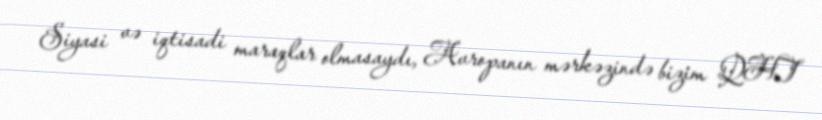
Siyasi və iqtisadi maraqlar olmasaydı, Avropanın mərkəzində bizim QHT